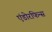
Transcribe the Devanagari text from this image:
एंडोरफिन्स